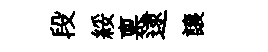
段綏禀逮譲